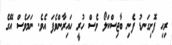
ރިހި ފޮށިގަނޑު ފެނި ބާޖިސްކަލޯ ވެސް ހުރީ ހައިރާންވެފަ އެވެ. ނަމަވެސް އޭގެ